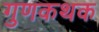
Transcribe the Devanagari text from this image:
गुणकथक